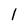
Character: I